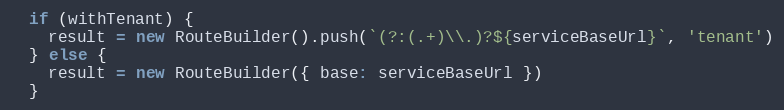
Language: JavaScript
  if (withTenant) {
    result = new RouteBuilder().push(`(?:(.+)\\.)?${serviceBaseUrl}`, 'tenant')
  } else {
    result = new RouteBuilder({ base: serviceBaseUrl })
  }